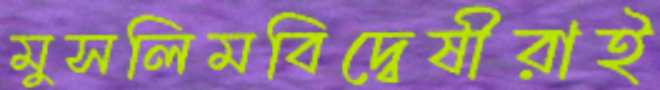
মুসলিমবিদ্বেষীরাই